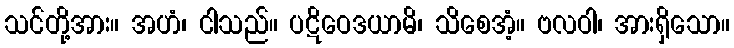
သင်တို့အား။ အဟံ၊ ငါသည်။ ပဋိဝေဒယာမိ၊ သိစေအံ့။ ဗလဝါ၊ အားရှိသော။